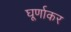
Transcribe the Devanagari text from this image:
घूर्णाकर